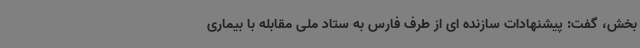
بخش، گفت: پیشنهادات سازنده ای از طرف فارس به ستاد ملی مقابله با بیماری